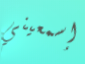
إسمعيني